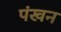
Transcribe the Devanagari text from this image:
पंखन